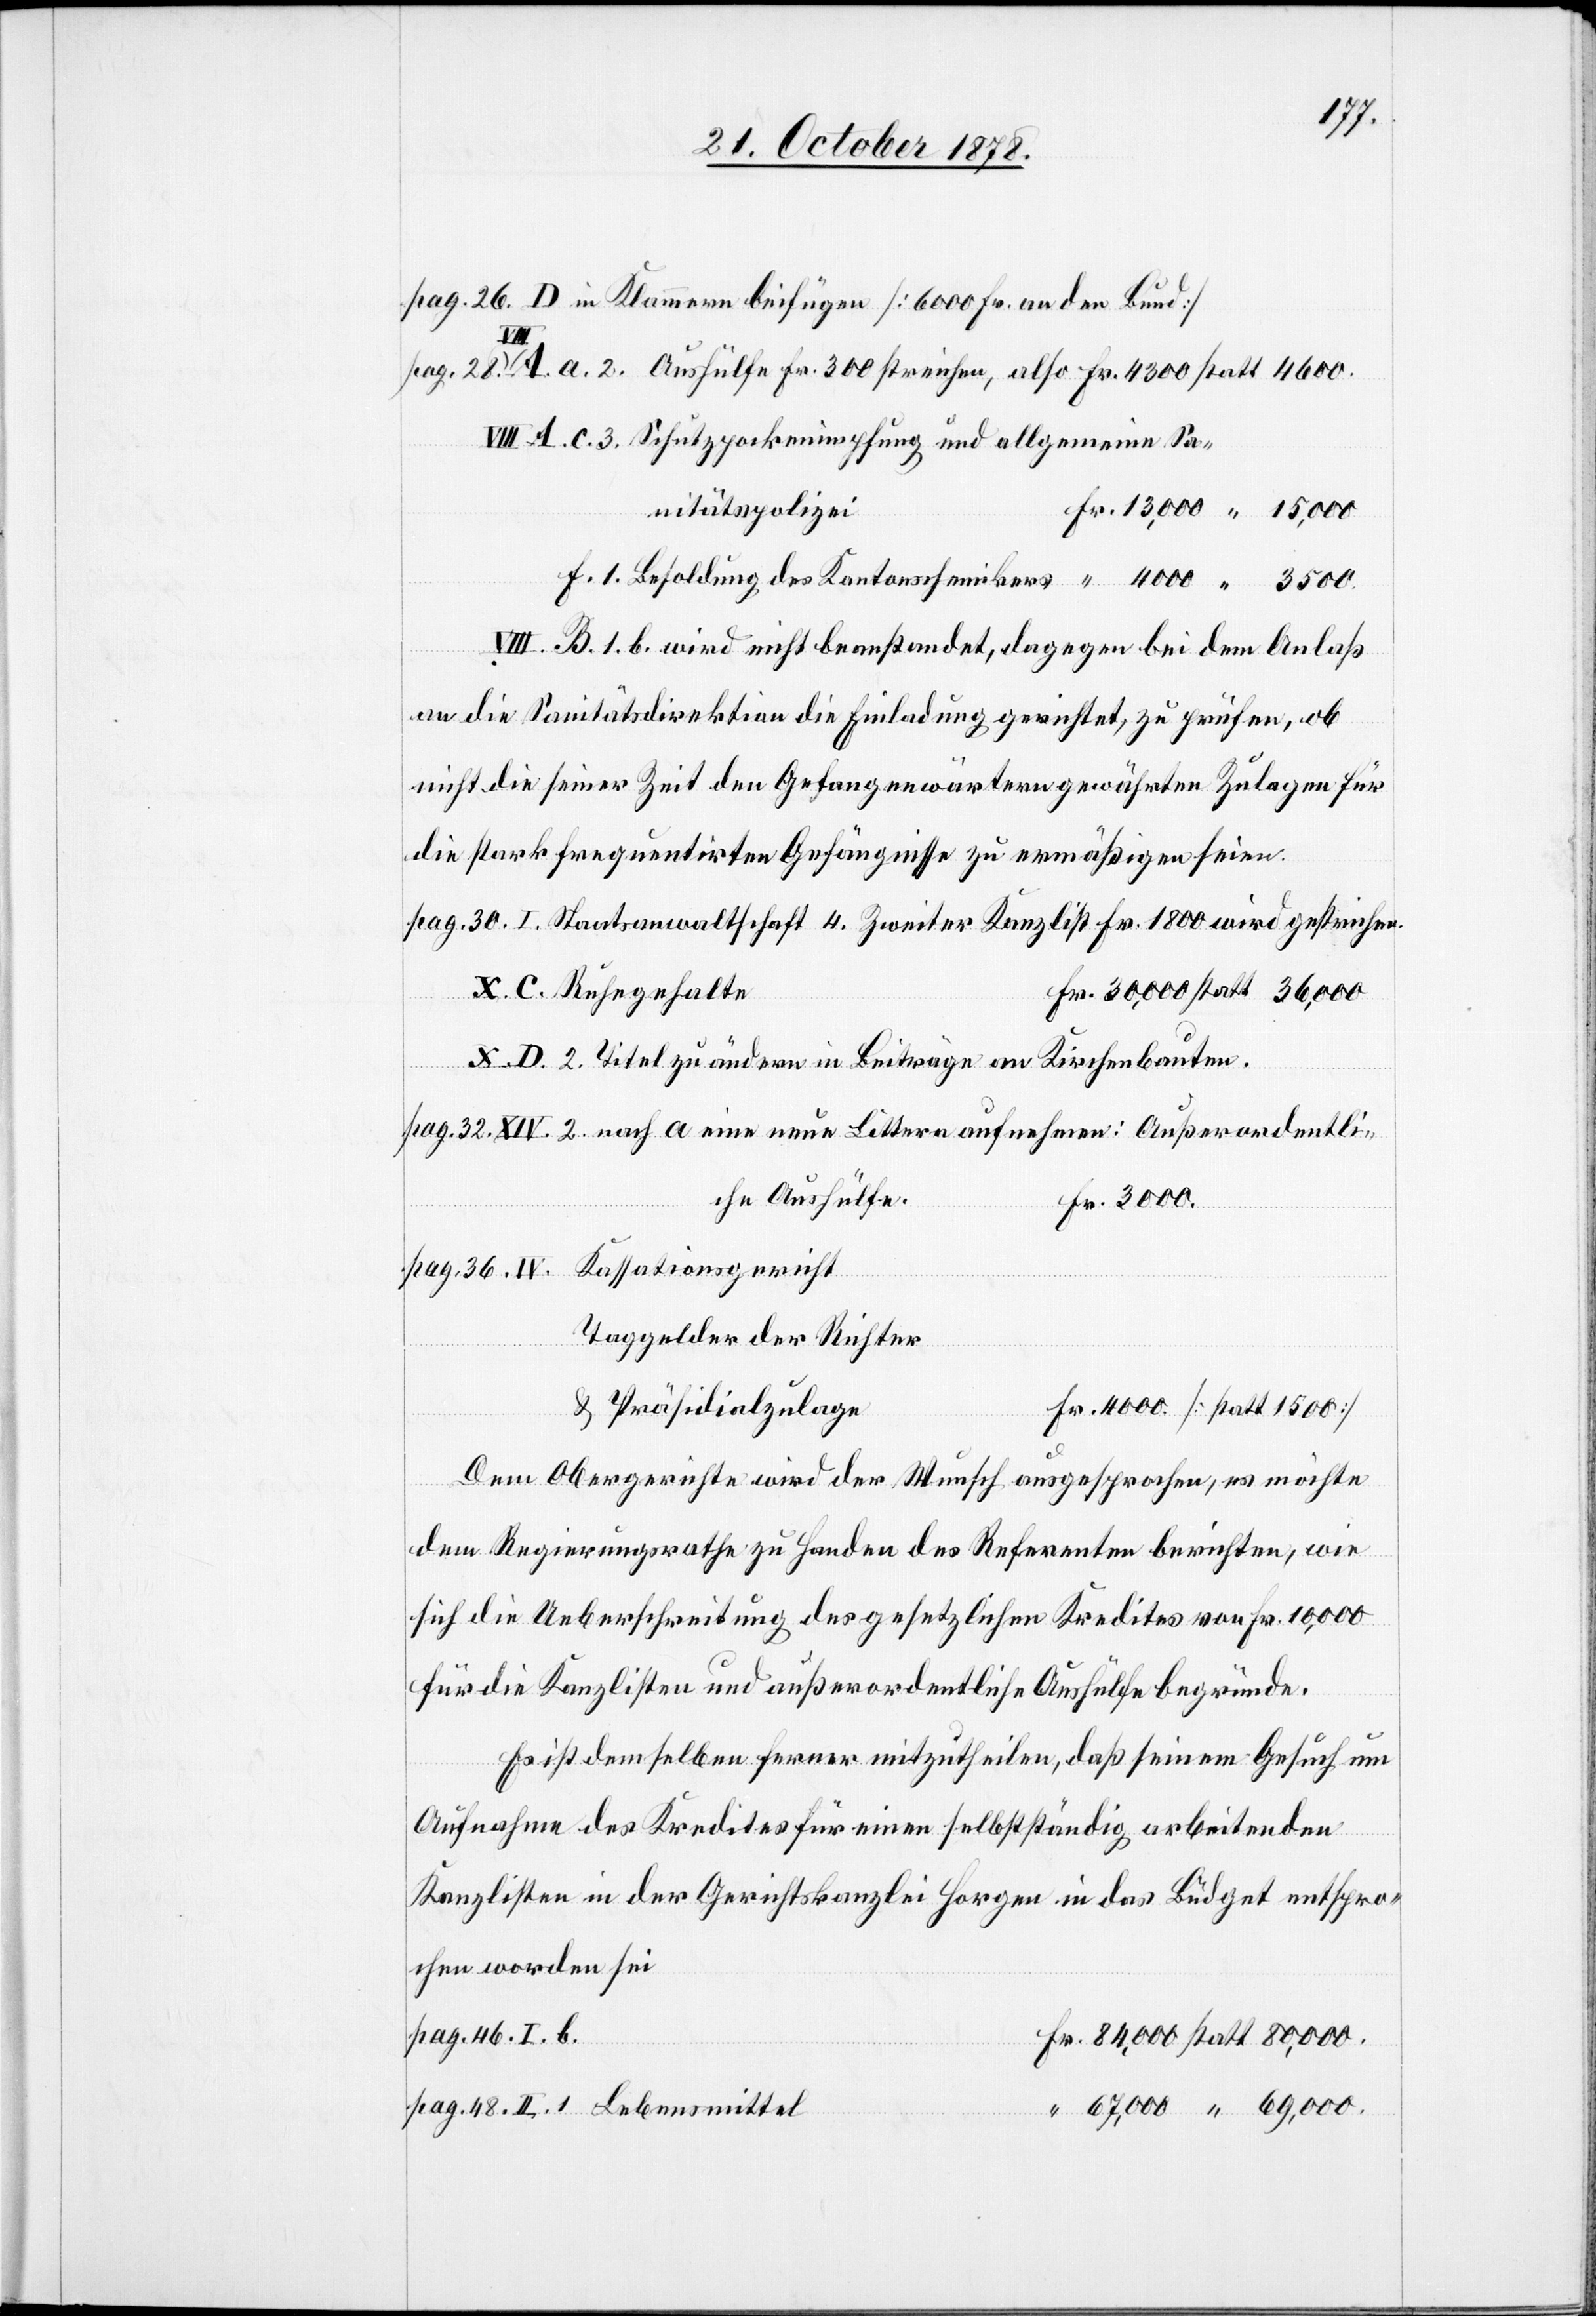
1.
Sanitätspolizei
an die Sanitätsdirektion die Einladung gerichtet, zu prüfen, ob
nicht die seiner Zeit den Gefangenwärtern gewährten Zulagen für
die stark frequentirten Gefängnisse zu ermäßigen seien.
Fr. 1800
Taggelder der Richter
& Präsidialzulage
Dem Obergerichte wird der Wunsch ausgesprochen, es möchte
dem Regierungsrathe zu Handen des Referenten berichten, wie
sich die Ueberschreitung des gesetzlichen Kredites von Fr. 10,000
für die Kanzlisten und außerordentliche Aushülfe begründe.
Es ist demselben ferner mitzutheilen, daß seinem Gesuch um
Aufnahme des Kredites für einen selbstständig arbeitenden
Kanzlisten in der Gerichtskanzlei Horgen in das Büdget entspro¬
chen worden sei